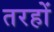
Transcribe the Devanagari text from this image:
तरहों